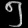
Digit: ၅